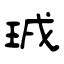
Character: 珬